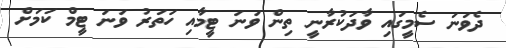
ދެވަނަ ސެމީގައި ވާދަކުރާނީ ތިން ވަނަ ޓީމާއި ހަތަރު ވަނަ ޓީމް ކަމަށް